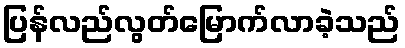
ပြန်လည်လွတ်မြောက်လာခဲ့သည်